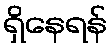
ရှိနေရန်